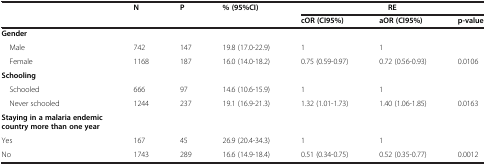
<table><thead><tr><td rowspan="2"><b> </b></td><td rowspan="2"><b>N</b></td><td rowspan="2"><b>P</b></td><td rowspan="2"><b>% (95%CI)</b></td><td colspan="3"><b>RE</b></td></tr><tr><td><b>cOR (CI95%)</b></td><td><b>aOR (CI95%)</b></td><td><b>p-value</b></td></tr></thead><tbody><tr><td><b>Gender</b></td><td> </td><td> </td><td> </td><td> </td><td> </td><td> </td></tr><tr><td> Male</td><td>742</td><td>147</td><td>19.8 (17.0-22.9)</td><td>1</td><td>1</td><td> </td></tr><tr><td> Female</td><td>1168</td><td>187</td><td>16.0 (14.0-18.2)</td><td>0.75 (0.59-0.97)</td><td>0.72 (0.56-0.93)</td><td>0.0106</td></tr><tr><td><b>Schooling</b></td><td> </td><td> </td><td> </td><td> </td><td> </td><td> </td></tr><tr><td> Schooled</td><td>666</td><td>97</td><td>14.6 (10.6-15.9)</td><td>1</td><td>1</td><td> </td></tr><tr><td> Never schooled</td><td>1244</td><td>237</td><td>19.1 (16.9-21.3)</td><td>1.32 (1.01-1.73)</td><td>1.40 (1.06-1.85)</td><td>0.0163</td></tr><tr><td><b>Staying in a malaria endemic country more than one year</b></td><td> </td><td> </td><td> </td><td> </td><td> </td><td> </td></tr><tr><td>Yes</td><td>167</td><td>45</td><td>26.9 (20.4-34.3)</td><td>1</td><td>1</td><td> </td></tr><tr><td>No</td><td>1743</td><td>289</td><td>16.6 (14.9-18.4)</td><td>0.51 (0.34-0.75)</td><td>0.52 (0.35-0.77)</td><td>0.0012</td></tr></tbody></table>